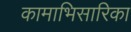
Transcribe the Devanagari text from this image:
कामाभिसारिका